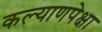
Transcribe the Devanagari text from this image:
कल्याणपेक्षा